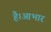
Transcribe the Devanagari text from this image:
है।आभार